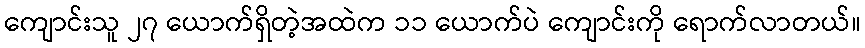
ကျောင်းသူ ၂၇ ယောက်ရှိတဲ့အထဲက ၁၁ ယောက်ပဲ ကျောင်းကို ရောက်လာတယ်။